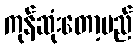
ကုန်ဆုံးတော့မည်